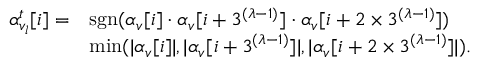
\begin{array} { r l } { \alpha _ { v _ { l } } ^ { t } [ i ] = } & { \mathrm { s g n } ( \alpha _ { v } [ i ] \cdot \alpha _ { v } [ i + 3 ^ { ( \lambda \mathrm { - } 1 ) } ] \cdot \alpha _ { v } [ i + 2 \times 3 ^ { ( \lambda \mathrm { - } 1 ) } ] ) } \\ & { \mathrm { m i n } ( | \alpha _ { v } [ i ] | , | \alpha _ { v } [ i + 3 ^ { ( \lambda \mathrm { - } 1 ) } ] | , | \alpha _ { v } [ i + 2 \times 3 ^ { ( \lambda \mathrm { - } 1 ) } ] | ) . } \end{array}